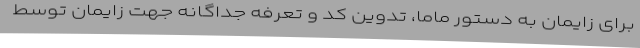
برای زایمان به دستور ماما، تدوین کد و تعرفه جداگانه جهت زایمان توسط